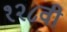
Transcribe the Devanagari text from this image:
१२८वी